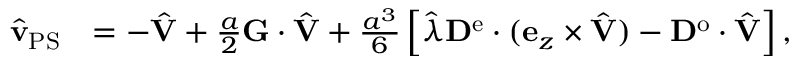
\begin{array} { r l } { \hat { \mathbf { v } } _ { \mathrm { P S } } } & { = - \hat { \mathbf { V } } + \frac { a } { 2 } \mathbf { G } \cdot \hat { \mathbf { V } } + \frac { a ^ { 3 } } { 6 } \left[ \hat { \lambda } \mathbf { D } ^ { \mathrm { e } } \cdot ( \mathbf { e } _ { z } \times \hat { \mathbf { V } } ) - \mathbf { D } ^ { \mathrm { o } } \cdot \hat { \mathbf { V } } \right] , } \end{array}